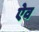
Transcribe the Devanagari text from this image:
ऐव